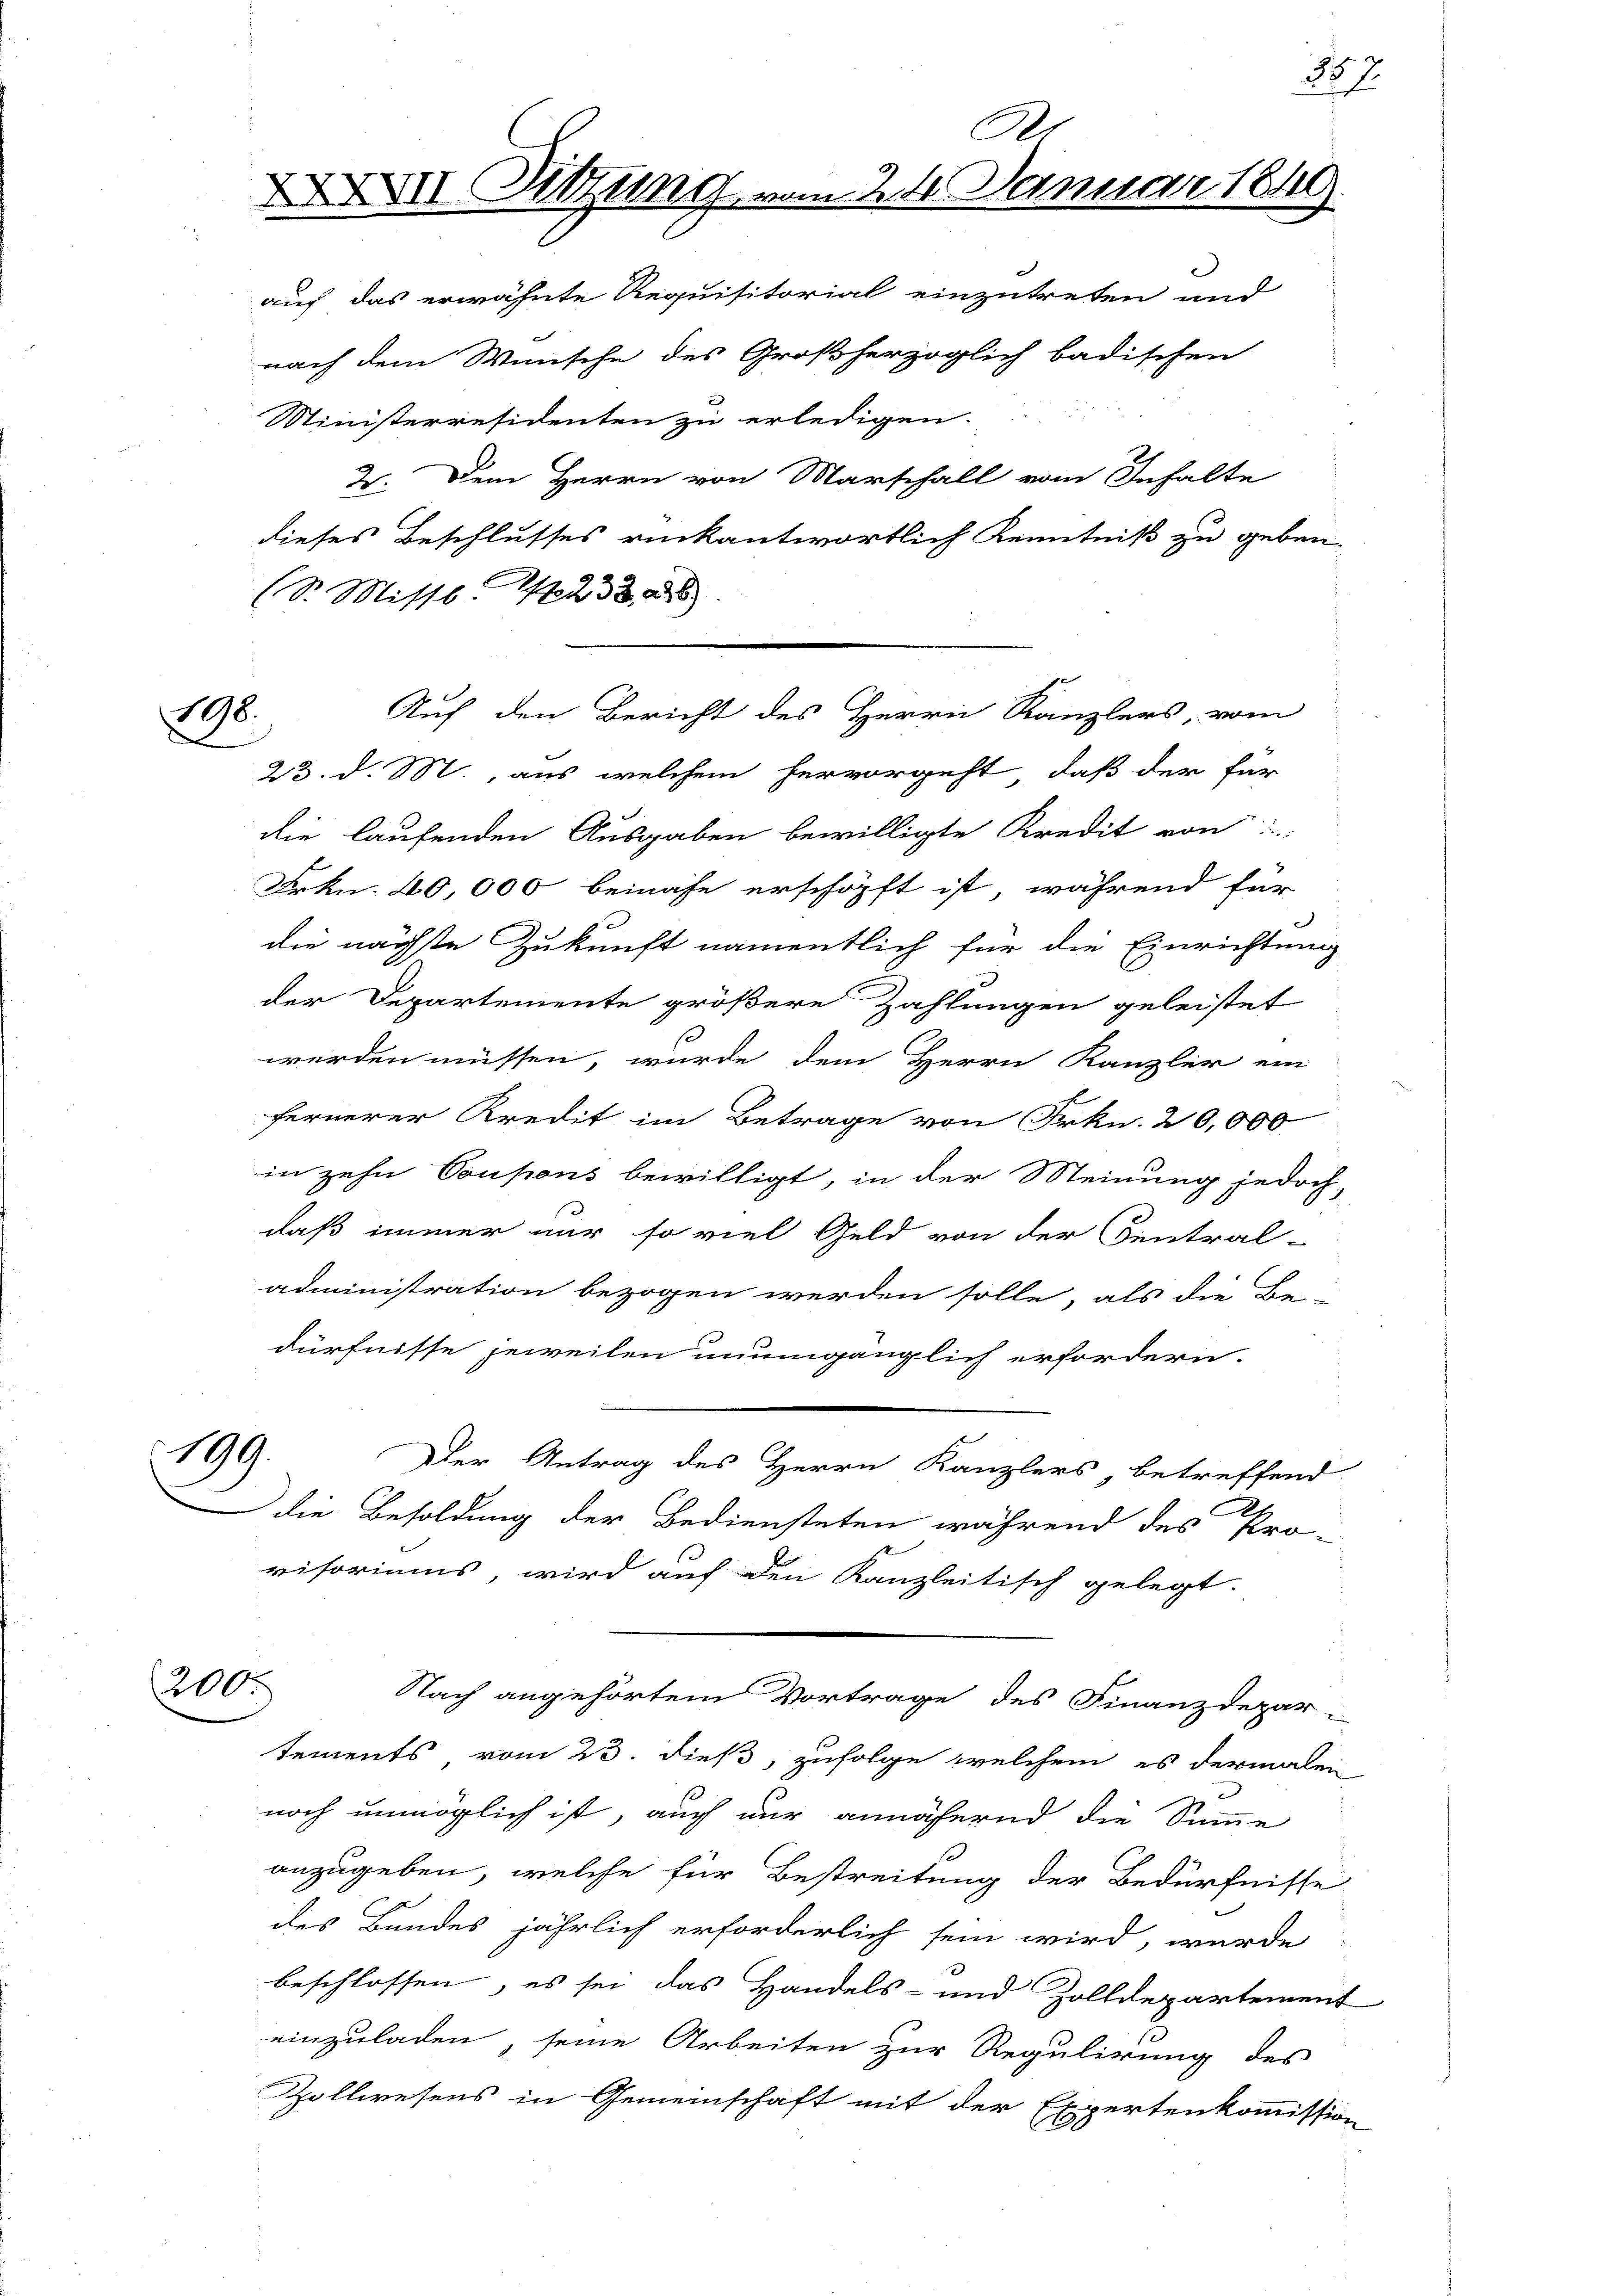
198.

199.

200.

A.
XXXVII Sitzung vom 24. Januar 1849.
auf das erwähnte Requisitorial einzutreten und

nach dem Wunsche des Großherzoglich badischen
Ministerresidenten zu erledigen.
dieses Beschlusses rückantwortlich Kenntniß zu geben.
(S. Misst 233, 28
23. d. M., aus welchem hervorgeht, daß der für
die laufenden Ausgaben bewilligte Kredit von
Frkn. 40,000 beinahe erschöpft ist, während für
die nächste Zukunft namentlich für die Einrichtung
der Departemente größere Zahlungen geleistet
werden müssen, wurde dem Herrn Kanzler ein
fernerer Kredit im Betrage von Frkn. 20,000
in zehn Coupons bewilligt, in der Meinung jedoch,
daß immer nur so viel Geld von der Central-
administration bezogen werden solle, als die Be-
dürfnisse jeweilen unumgänglich erfordern.
Der Antrag des Herrn Kanzlers, betreffend
2
die Besoldung der Bediensteten während des Pro-
visoriums, wird auf den Kanzleitisch gelegt.
Nach angehörtem Vortrage des Finanzdepar-
tements, vom 23. dieß, zufolge welchem es dermalen
noch unmöglich ist, auch nur annähernd die Summe
anzugeben, welche für Bestreitung der Bedürfnisse
des Bundes jährlich erforderlich sein wird, wurde
beschlossen, es sei das Handels- und Zolldepartement
einzuladen, seine Arbeiten zur Regulirung des
Zollwesens in Gemeinschaft mit der Expertenkommission

Auf den Bericht des Herrn Kanzlers, vom

2. Dem Herrn von Marschall vom Inhalte

357.